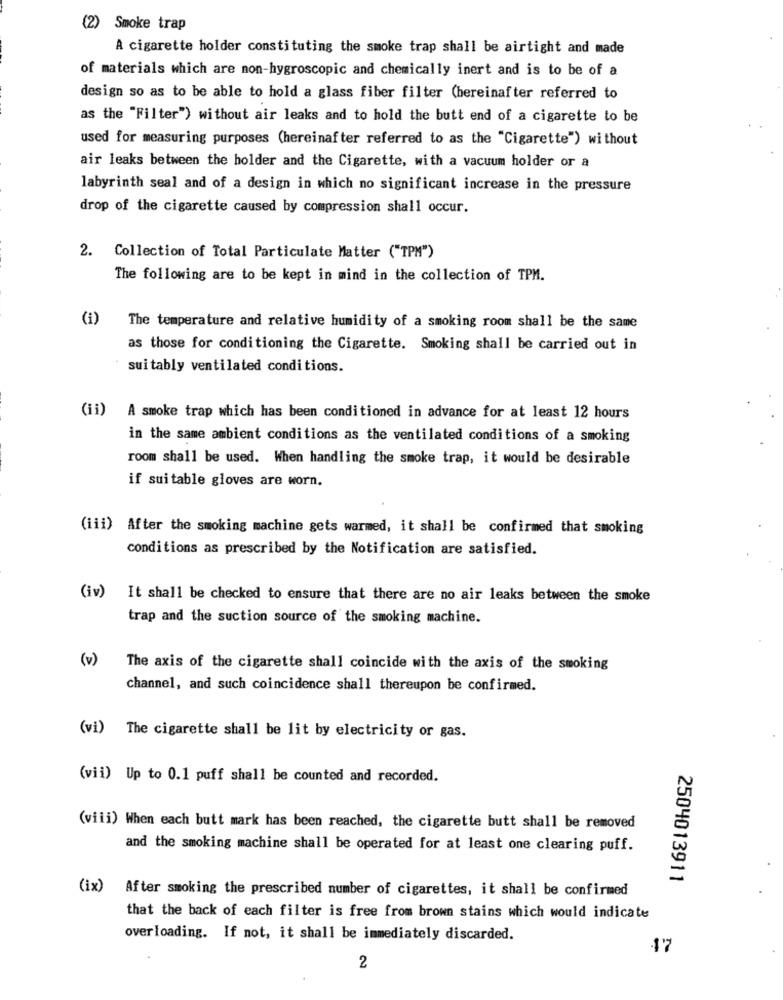
(2) Smoke trap
A cigarette holder constituting the smoke trap shall be airtight and made
of materials which are non-hygroscopic and chemically inert and is to be of a
design so as to be able to hold a glass fiber filter (hereinafter referred to
as the "Filter") without air leaks and to hold the butt end of a cigarette to be
used for measuring purposes (hereinafter referred to as the "Cigarette") without
air leaks between the holder and the Cigarette, with a vacuum holder or a
labyrinth seal and of a design in which no significant increase in the pressure
drop of the cigarette caused by compression shall occur.
2. Collection of Total Particulate Matter ("TPM")
The following are to be kept in mind in the collection of TPM.
(1)
The temperature and relative humidity of a smoking room shall be the same
as those for conditioning the Cigarette. Smoking shall be carried out in
suitably ventilated conditions.
(ii)
A smoke trap which has been conditioned in advance for at least 12 hours
in the same ambient conditions as the ventilated conditions of a smoking
room shall be used. When handling the smoke trap, it would be desirable
if suitable gloves are worn.
(iii) After the smoking machine gets warmed, it shall be confirmed that smoking
conditions as prescribed by the Notification are satisfied.
(iv)
It shall be checked to ensure that there are no air leaks between the smoke
trap and the suction source of the smoking machine.
(v)
The axis of the cigarette shall coincide with the axis of the smoking
channel, and such coincidence shall thereupon be confirmed.
(vi) The cigarette shall be lit by electricity or gas.
(vii) Up to 0.1 puff shall be counted and recorded.
(viii) When each butt mark has been reached, the cigarette butt shall be removed
and the smoking machine shall be operated for at least one clearing puff.
2504013911
(ix)
After smoking the prescribed number of cigarettes, it shall be confirmed
that the back of each filter is free from brown stains which would indicate
overloading. If not, it shall be immediately discarded.
47
2